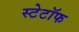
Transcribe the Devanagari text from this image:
स्टेटॉफ